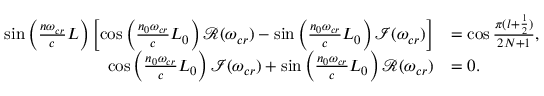
\begin{array} { r l } { \sin \left( \frac { n \omega _ { c r } } { c } L \right) \left[ \cos \left( \frac { n _ { 0 } \omega _ { c r } } { c } L _ { 0 } \right) \mathcal { R } ( \omega _ { c r } ) - \sin \left( \frac { n _ { 0 } \omega _ { c r } } { c } L _ { 0 } \right) \mathcal { I } ( \omega _ { c r } ) \right] } & { = \cos \frac { \pi ( l + \frac { 1 } { 2 } ) } { 2 N + 1 } , } \\ { \cos \left( \frac { n _ { 0 } \omega _ { c r } } { c } L _ { 0 } \right) \mathcal { I } ( \omega _ { c r } ) + \sin \left( \frac { n _ { 0 } \omega _ { c r } } { c } L _ { 0 } \right) \mathcal { R } ( \omega _ { c r } ) } & { = 0 . } \end{array}